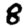
Digit: 8